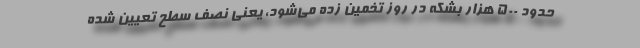
حدود 500 هزار بشکه در روز تخمین زده می‌شود، یعنی نصف سطح تعیین شده